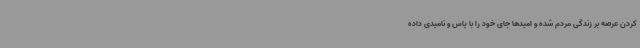
کردن عرصه بر زندگی مردم شده و امیدها جای خود را با یاس و نامیدی داده